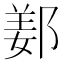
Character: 𨜰